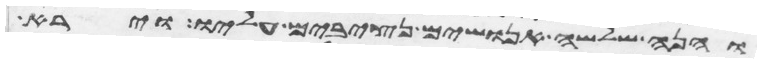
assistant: והנה שלשה אנושים נצבים עליו וירא